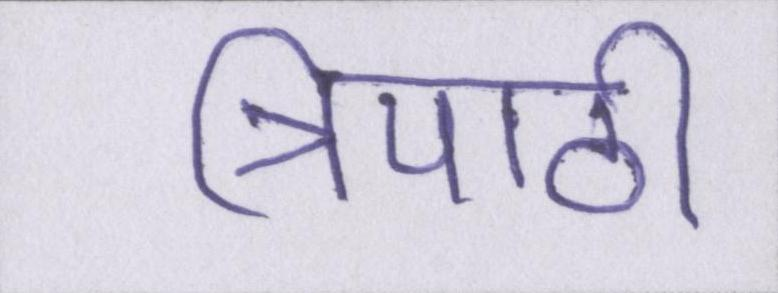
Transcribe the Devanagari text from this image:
त्रिपाठी